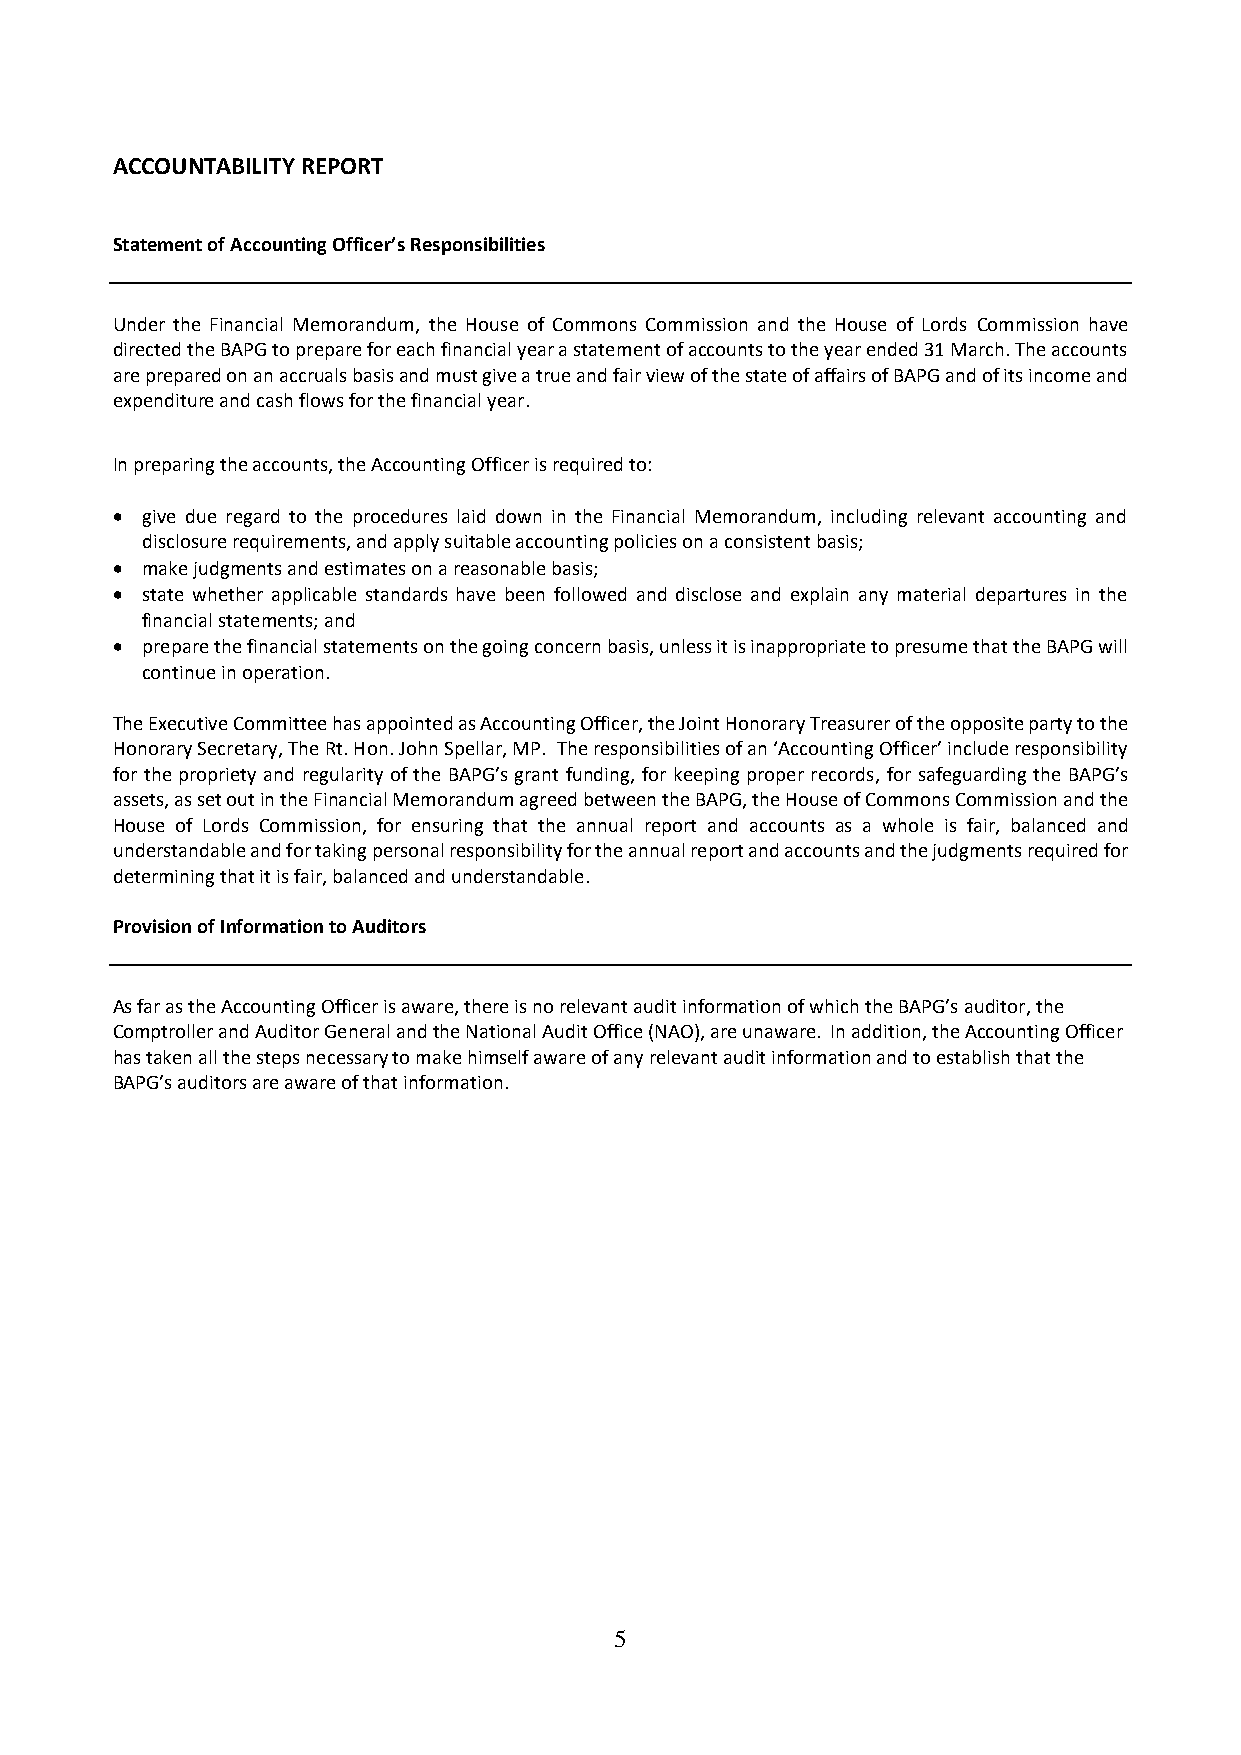
ACCOUNTABILITY REPORT
 Statement of Accounting Officer’s Responsibilities
 Under the Financial Memorandum, the House of Commons Commission and the House of Lords Commission have
 directed the BAPG to prepare for each financial year a statement of accounts to the year ended 31 March. The accounts
 are prepared on an accruals basis and must give a true and fair view of the state of affairs of BAPG and of its income and
 expenditure and cash flows for the financial year.
 In preparing the accounts, the Accounting Officer is required to:
 • give due regard to the procedures laid down in the Financial Memorandum, including relevant accounting and
 disclosure requirements, and apply suitable accounting policies on a consistent basis;
 • make judgments and estimates on a reasonable basis;
 • state whether applicable standards have been followed and disclose and explain any material departures in the
 financial statements; and
 • prepare the financial statements on the going concern basis, unless it is inappropriate to presume that the BAPG will
 continue in operation.
 The Executive Committee has appointed as Accounting Officer, the Joint Honorary Treasurer of the opposite party to the
 Honorary Secretary, The Rt. Hon. John Spellar, MP. The responsibilities of an ‘Accounting Officer’ include responsibility
 for the propriety and regularity of the BAPG’s grant funding, for keeping proper records, for safeguarding the BAPG’s
 assets, as set out in the Financial Memorandum agreed between the BAPG, the House of Commons Commission and the
 House of Lords Commission, for ensuring that the annual report and accounts as a whole is fair, balanced and
 understandable and for taking personal responsibility for the annual report and accounts and the judgments required for
 determining that it is fair, balanced and understandable.
 Provision of Information to Auditors
 As far as the Accounting Officer is aware, there is no relevant audit information of which the BAPG’s auditor, the
 Comptroller and Auditor General and the National Audit Office (NAO), are unaware. In addition, the Accounting Officer
 has taken all the steps necessary to make himself aware of any relevant audit information and to establish that the
 BAPG’s auditors are aware of that information.
 5